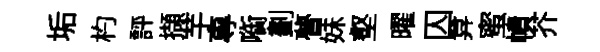
垢杓評擷芋專㗸劃瞢妹壑曜囚弇蜜幘芥